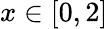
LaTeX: x\in[0,2]